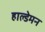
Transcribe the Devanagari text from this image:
हाल्डेमन